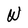
Character: W